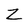
Character: Z